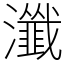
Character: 瀸